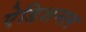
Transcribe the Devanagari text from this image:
ऐडिशनल